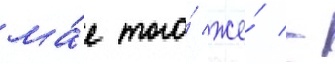
ма́е того́ же́ -